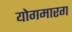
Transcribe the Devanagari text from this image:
योगमारग